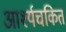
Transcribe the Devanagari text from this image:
आर्श्यचकित